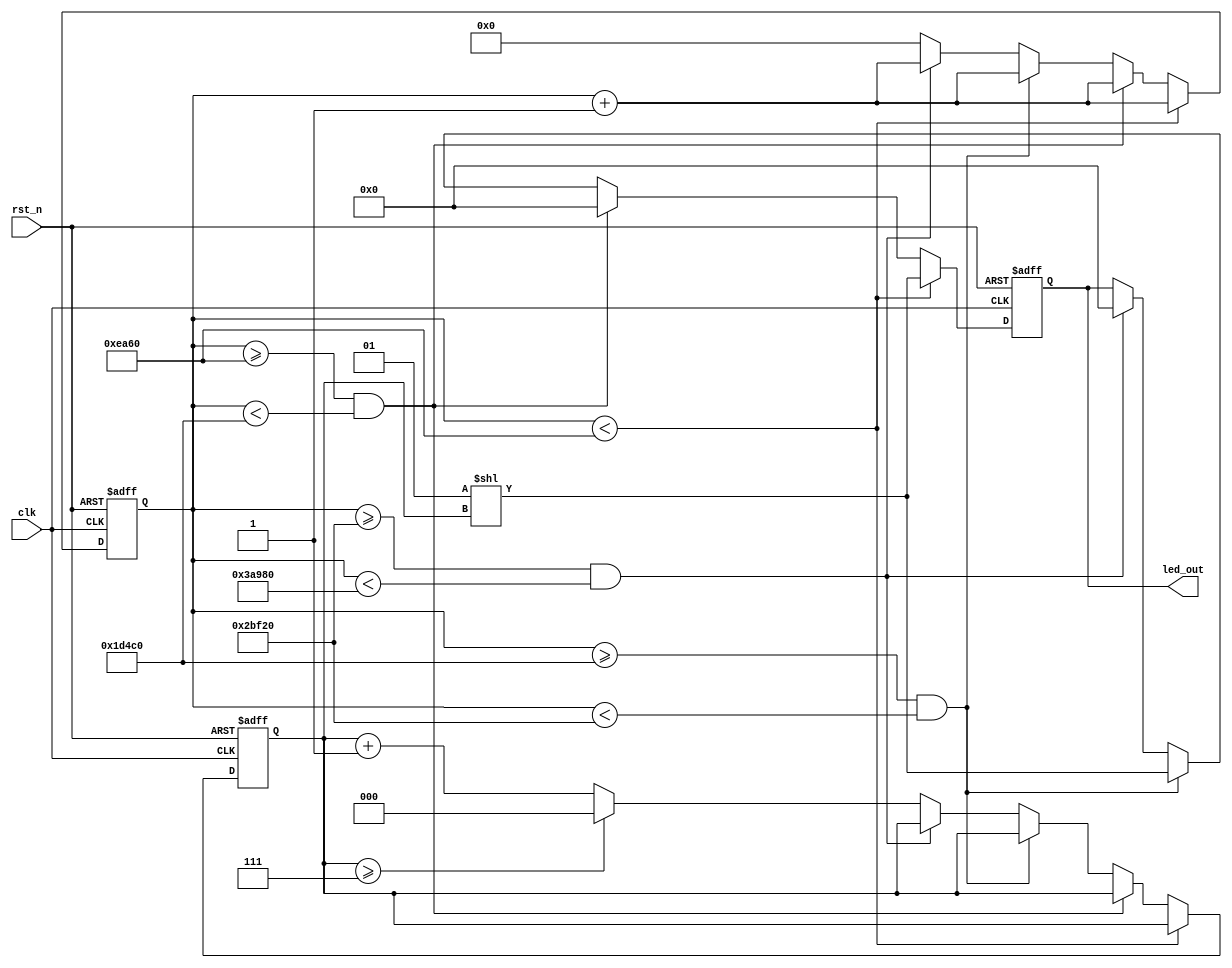
//
// Created by siman 2024/3/11

module LED_mode1_driver 
#(
    parameter PERIOD = 240000  //1s BASE PERIOD
) 
(
    input clk,
    input rst_n,
    output reg [7:0] led_out
);

    reg [31:0] counter = 0; 
    reg [2:0] current_led = 0;

    always @(posedge clk or negedge rst_n) begin
        if (~rst_n) begin
            counter <= 32'd0;
            current_led <= 8'd0;
            led_out <= 8'b0000_0000; 
        end
        else begin
            if (counter < PERIOD / 4) begin
                led_out <= 1 << current_led;
                counter <= counter + 1;
            end
            else if (counter >= PERIOD / 4 && counter < PERIOD / 2) begin
                led_out <= 8'b0000_0000;
                counter <= counter + 1;
            end
            else if (counter >= PERIOD / 2 && counter < PERIOD / 4 * 3) begin
                led_out <= 1 << current_led;
                counter <= counter + 1;
            end
            else if (counter >= PERIOD / 4 * 3 && counter < PERIOD) begin
                led_out <= 8'b0000_0000;
                counter <= counter + 1;
            end
            else begin
                counter <= 32'd0;
                current_led <= current_led + 1;
                if (current_led >= 7) begin
                    current_led <= 8'd0;
                end
            end
        end
    end
endmodule